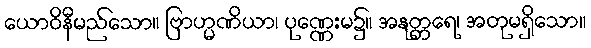
ယောဝိနီမည်သော။ ဗြာဟ္မဏိယာ၊ ပုဏ္ဏေးမ၌။ အနုတ္တရေ၊ အတုမရှိသော။